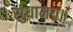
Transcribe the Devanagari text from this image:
सुधामय॥